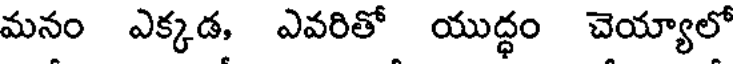
మనం ఎక్కడ, ఎవరితో యుద్ధం చెయ్యాలో